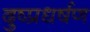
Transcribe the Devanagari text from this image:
दुष्प्रधर्षण